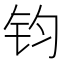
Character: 钧